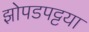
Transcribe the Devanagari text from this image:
झोपडपट्टया